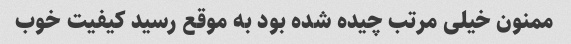
ممنون خیلی مرتب چیده شده بود به موقع رسید کیفیت خوب